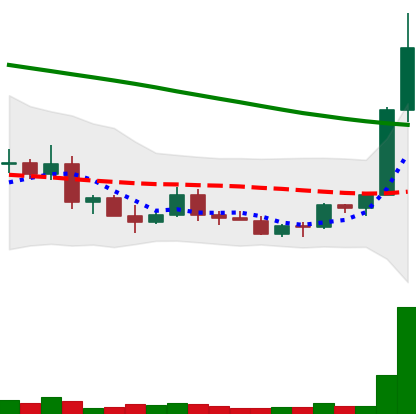
Ticker: ETC-USD
Chart end date: 2022-03-20
Forward return: 26.088%
Label: up_7plus